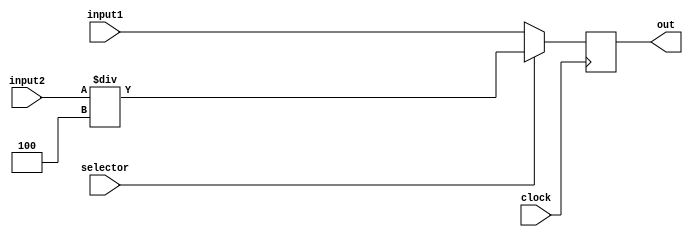
//-------------------------------------------------------
// Type: module
// Department: Ciencias da computao - UFV-Florestal
// Author's Email: joao.andrade1@ufv.br, mateus.h.figueredo@ufv.br, vitor.lacerda@ufv.br
//-------------------------------------------------------
// Release history
// Version Date            Description
// 0.1     01/07/2022      Archive creation
// 0.2     02/07/2022      Version with code
//-------------------------------------------------------
// Keywords:   multiplexers
//-------------------------------------------------------
// Purpose:    Multiplexer

module MUX_32_2_1_2(
    out,
    input1,
    input2,
    selector,
    clock
);

    output reg[31:0] out;   // Output to the register memory / ALU

    input[31:0] input1;     // Input from the ALU / output register 2
    input[31:0] input2;     // Input from the Readed data in data memory / Immediate genaretor
    input selector;         // Input from the controler memory toregister / ALU Src
    input clock;

    //choose the value for the ALU / value to write in the register
    always @(posedge clock)
        begin
            if (selector)
                begin
                    out = input2/4;
                end
            else
                begin
                    out = input1;
                end
        end

endmodule